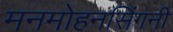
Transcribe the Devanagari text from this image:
मनमोहनसिंगनी